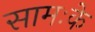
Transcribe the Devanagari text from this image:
सामःके